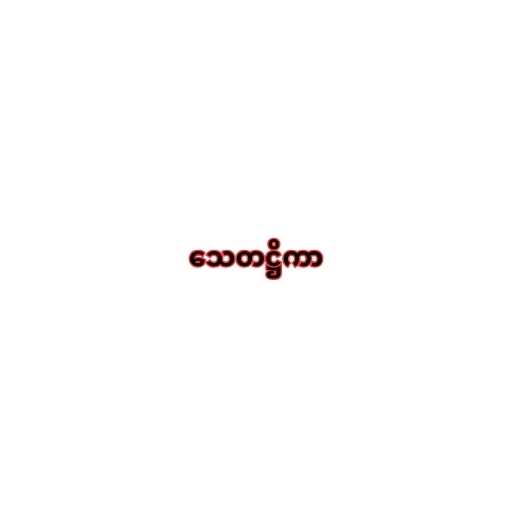
သေတဋ္ဌိကာ